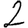
Digit: 2